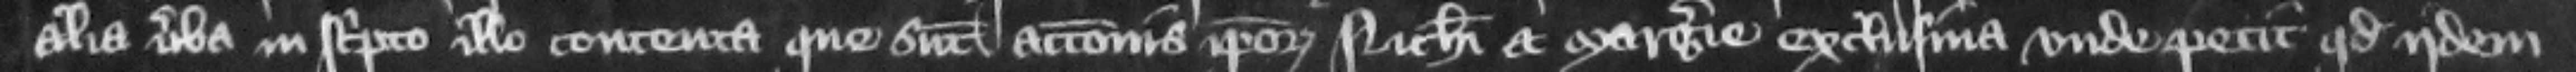
alia uerba in scripto illo contenta que sunt accionis ipsorum Nicholai et Margerie exclusiua vnde petit quod iidem